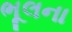
ભૂલના